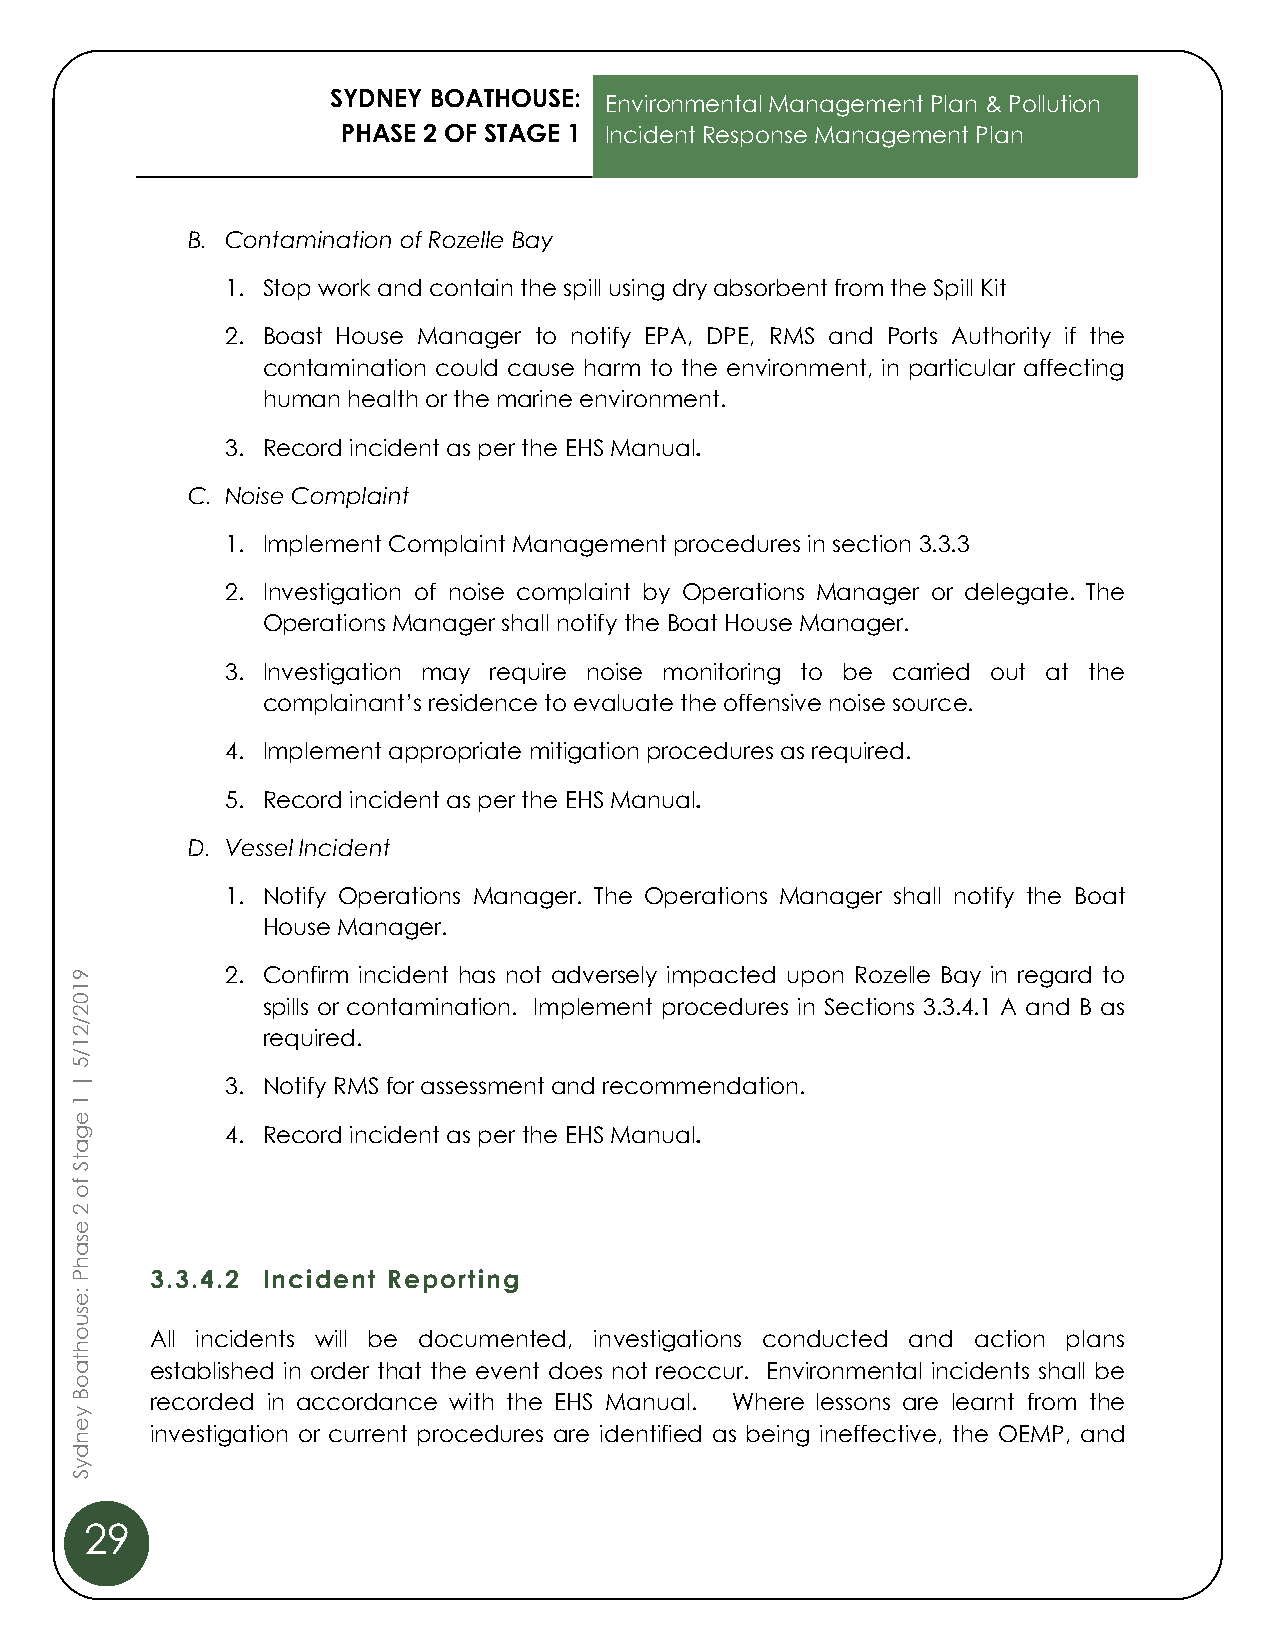
SYDNEY BOATHOUSE:
 Environmental Management Plan & Pollution
 PHASE 2 OF STAGE 1 Incident Response Management Plan
 B. Contamination of Rozelle Bay
 1. Stop work and contain the spill using dry absorbent from the Spill Kit
 2. Boast House Manager to notify EPA, DPE, RMS and Ports Authority if the
 contamination could cause harm to the environment, in particular affecting
 human health or the marine environment.
 3. Record incident as per the EHS Manual.
 C. Noise Complaint
 1. Implement Complaint Management procedures in section 3.3.3
 2. Investigation of noise complaint by Operations Manager or delegate. The
 Operations Manager shall notify the Boat House Manager.
 3. Investigation may require noise monitoring to be carried out at the
 complainant’s residence to evaluate the offensive noise source.
 4. Implement appropriate mitigation procedures as required.
 5. Record incident as per the EHS Manual.
 D. Vessel Incident
 1. Notify Operations Manager. The Operations Manager shall notify the Boat
 House Manager.
 9         2. Confirm incident has not adversely impacted upon Rozelle Bay in regard to
 1
 0           spills or contamination. Implement procedures in Sections 3.3.4.1 A and B as
 2
 /
 2           required.
 1
 /
 5
 |         3. Notify RMS for assessment and recommendation.
 1
 e
 g         4. Record incident as per the EHS Manual.
 a
 t
 S
 f
 o
 2
 e
 s
 a
 h
 P    3.3.4.2 Incident Reporting
 :e
 s
 u
 o    All incidents will be documented, investigations conducted and action plans
 h
 t
 a    established in order that the event does not reoccur. Environmental incidents shall be
 o
 B    recorded in accordance with the EHS Manual. Where lessons are learnt from the
 y
 e
 investigation or current procedures are identified as being ineffective, the OEMP, and
 n
 d
 y
 S
 29